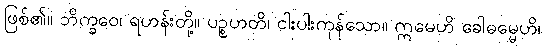
ဖြစ်၏။ ဘိက္ခဝေ၊ ရဟန်းတို့။ ပဉ္စဟတိ၊ ငါးပါးကုန်သော။ ဣမေဟိ ခေါဓမ္မေဟိ၊